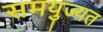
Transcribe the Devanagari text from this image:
समयुज्यत